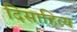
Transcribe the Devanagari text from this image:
दिसाहित्य